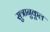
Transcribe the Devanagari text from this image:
सुत्रानुकूल